Scottish Leaving Certificate Examination, 1959
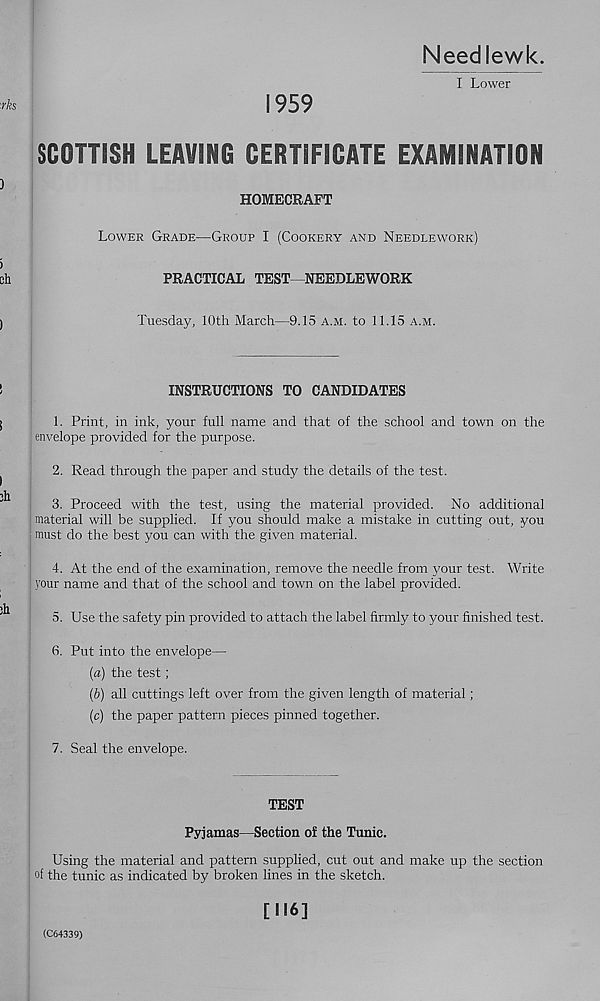
Needlewk.
I Lower
1959
SCOTTiSH LEAVING CERTIFICATE EXAMINATION
HOMECRAFT
Lower Grade—Group I (Cookery and Needlework)
PRACTICAL TEST—NEEDLEWORK
Tuesday, 10th March—9.15 a.m. to 11.15 a.m.
INSTRUCTIONS TO CANDIDATES
1. Print, in ink, your full name and that of the school and town on the
envelope provided for the purpose.
2. Read through the paper and study the details of the test.
3. Proceed with the test, using the material provided. No additional
material will be supplied. If you should make a mistake in cutting out, you
must do the best you can with the given material.
4. At the end of the examination, remove the needle from your test. Write
your name and that of the school and town on the label provided.
5. Use the safety pin provided to attach the label firmly to your finished test.
6. Put into the envelope—
(a) the test;
(b) all cuttings left over from the given length of material ;
(c) the paper pattern pieces pinned together.
7. Seal the envelope.
TEST
Pyjamas—Section of the Tunic.
Using the material and pattern supplied, cut out and make up the section
of the tunic as indicated by broken lines in the sketch.
(C64339)
[116]